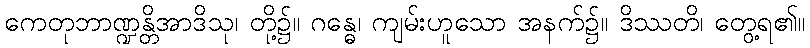
ကေတုဘာဏ္ဍန္တိအာဒိသု၊ တို့၌။ ဂန္ဓေ၊ ကျမ်းဟူသော အနက်၌။ ဒိဿတိ၊ တွေ့ရ၏။